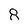
Character: 8